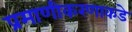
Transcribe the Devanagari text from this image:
प्रमाणीकरणाकडे